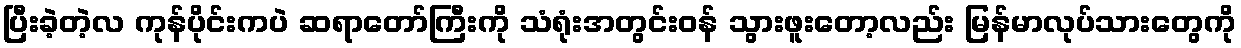
ပြီးခဲ့တဲ့လ ကုန်ပိုင်းကပဲ ဆရာတော်ကြီးကို သံရုံးအတွင်းဝန် သွားဖူးတော့လည်း မြန်မာလုပ်သားတွေကို